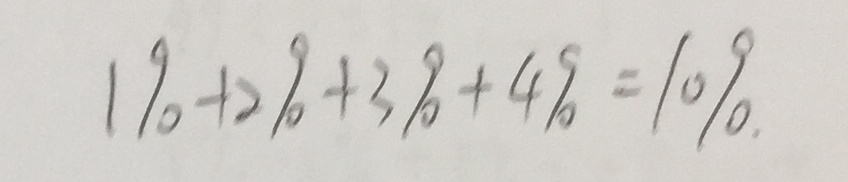
1 \% + 2 \% + 3 \% + 4 \% = 1 0 \% .